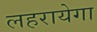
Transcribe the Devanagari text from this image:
लहरायेगा